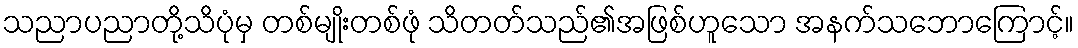
သညာပညာတို့သိပုံမှ တစ်မျိုးတစ်ဖုံ သိတတ်သည်၏အဖြစ်ဟူသော အနက်သဘောကြောင့်။